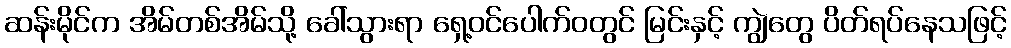
ဆန်းမိုင်က အိမ်တစ်အိမ်သို့ ခေါ်သွားရာ ရှေ့ဝင်ပေါက်ဝတွင် မြင်းနှင့် ကျွဲတွေ ပိတ်ရပ်နေသဖြင့်